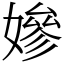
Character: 㜗